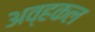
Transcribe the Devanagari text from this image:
अव्हकल